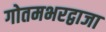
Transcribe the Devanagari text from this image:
गोतमभरद्वाजा